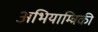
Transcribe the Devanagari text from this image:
अभियाम्त्रिकी